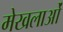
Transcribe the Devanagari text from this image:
मेखलाओं